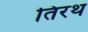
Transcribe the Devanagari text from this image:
तिरथ